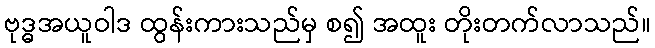
ဗုဒ္ဓအယူဝါဒ ထွန်းကားသည်မှ စ၍ အထူး တိုးတက်လာသည်။